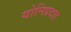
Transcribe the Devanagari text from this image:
योनिप्रदाह